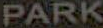
PARK